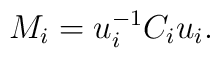
M_{i}=u_{i}^{-1}C_{i}u_{i}.